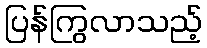
ပြန်ကြွလာသည့်